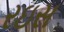
રઇસ